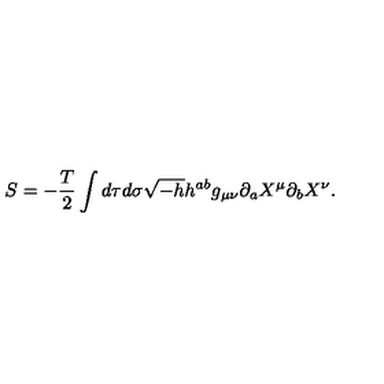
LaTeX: S = - \frac { T } { 2 } \int d \tau d \sigma \sqrt { - h } h ^ { a b } g _ { \mu \nu } \partial _ { a } X ^ { \mu } \partial _ { b } X ^ { \nu } .